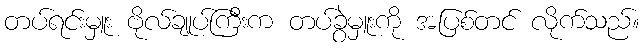
တပ်ရင်းမှူး ဗိုလ်ချုပ်ကြီးက တပ်ခွဲမှူးကို အပြစ်တင် လိုက်သည်။